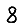
Digit: 8